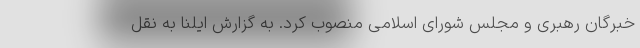
خبرگان رهبری و مجلس شورای اسلامی منصوب کرد. به گزارش ایلنا به نقل